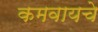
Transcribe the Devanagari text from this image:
कमवायचे